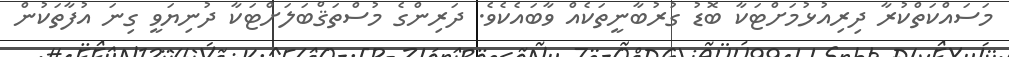
މަސައްކަތްކުރާ ދިރިއުޅުމަށްޓަކާ ބޮޑު ގުރުބާނީތަކެއް ވާބައެކެެވެ. ދަރިންގެ މުސްތަޤްބަލަށްޓަކާ ދުނިޔަވީ ގިނަ އުފާތަކުން